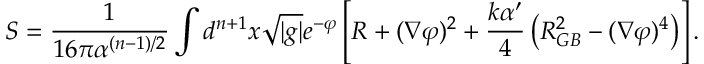
S = { \frac { 1 } { 1 6 \pi \alpha ^ { ( n - 1 ) / 2 } } } \int d ^ { n + 1 } x \sqrt { | g | } e ^ { - \varphi } \left[ R + ( \nabla \varphi ) ^ { 2 } + { \frac { k \alpha ^ { \prime } } { 4 } } \left( R _ { G B } ^ { 2 } - ( \nabla \varphi ) ^ { 4 } \right) \right] .